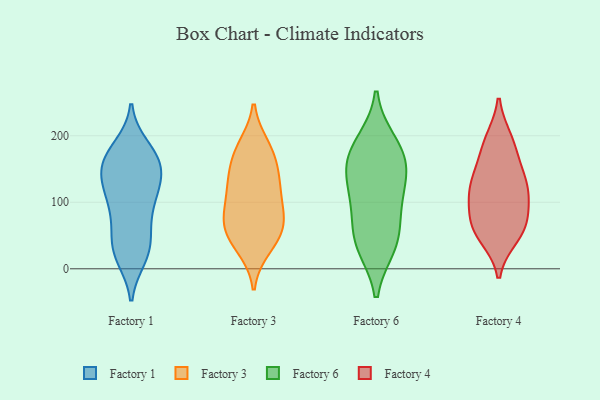
{"axis": {"x": "Headcount", "y": "Value"}, "legend": ["Factory 1", "Factory 3", "Factory 4", "Factory 6"], "data": [{"x": "", "y": 18, "type": "Factory 1"}, {"x": "", "y": 131, "type": "Factory 1"}, {"x": "", "y": 133, "type": "Factory 1"}, {"x": "", "y": 147, "type": "Factory 1"}, {"x": "", "y": 24, "type": "Factory 1"}, {"x": "", "y": 163, "type": "Factory 1"}, {"x": "", "y": 158, "type": "Factory 1"}, {"x": "", "y": 59, "type": "Factory 1"}, {"x": "", "y": 102, "type": "Factory 1"}, {"x": "", "y": 163, "type": "Factory 1"}, {"x": "", "y": 166, "type": "Factory 1"}, {"x": "", "y": 32, "type": "Factory 1"}, {"x": "", "y": 174, "type": "Factory 1"}, {"x": "", "y": 84, "type": "Factory 1"}, {"x": "", "y": 91, "type": "Factory 1"}, {"x": "", "y": 119, "type": "Factory 1"}, {"x": "", "y": 22, "type": "Factory 1"}, {"x": "", "y": 182, "type": "Factory 1"}, {"x": "", "y": 120, "type": "Factory 1"}, {"x": "", "y": 45, "type": "Factory 1"}, {"x": "", "y": 129, "type": "Factory 3"}, {"x": "", "y": 69, "type": "Factory 3"}, {"x": "", "y": 32, "type": "Factory 3"}, {"x": "", "y": 184, "type": "Factory 3"}, {"x": "", "y": 167, "type": "Factory 3"}, {"x": "", "y": 54, "type": "Factory 3"}, {"x": "", "y": 38, "type": "Factory 3"}, {"x": "", "y": 182, "type": "Factory 3"}, {"x": "", "y": 65, "type": "Factory 3"}, {"x": "", "y": 104, "type": "Factory 3"}, {"x": "", "y": 83, "type": "Factory 3"}, {"x": "", "y": 116, "type": "Factory 3"}, {"x": "", "y": 151, "type": "Factory 3"}, {"x": "", "y": 70, "type": "Factory 3"}, {"x": "", "y": 131, "type": "Factory 3"}, {"x": "", "y": 42, "type": "Factory 6"}, {"x": "", "y": 46, "type": "Factory 6"}, {"x": "", "y": 134, "type": "Factory 6"}, {"x": "", "y": 189, "type": "Factory 6"}, {"x": "", "y": 100, "type": "Factory 6"}, {"x": "", "y": 177, "type": "Factory 6"}, {"x": "", "y": 152, "type": "Factory 6"}, {"x": "", "y": 35, "type": "Factory 6"}, {"x": "", "y": 162, "type": "Factory 6"}, {"x": "", "y": 101, "type": "Factory 6"}, {"x": "", "y": 84, "type": "Factory 4"}, {"x": "", "y": 126, "type": "Factory 4"}, {"x": "", "y": 61, "type": "Factory 4"}, {"x": "", "y": 136, "type": "Factory 4"}, {"x": "", "y": 49, "type": "Factory 4"}, {"x": "", "y": 60, "type": "Factory 4"}, {"x": "", "y": 62, "type": "Factory 4"}, {"x": "", "y": 121, "type": "Factory 4"}, {"x": "", "y": 166, "type": "Factory 4"}, {"x": "", "y": 193, "type": "Factory 4"}, {"x": "", "y": 190, "type": "Factory 4"}, {"x": "", "y": 121, "type": "Factory 4"}, {"x": "", "y": 102, "type": "Factory 4"}]}